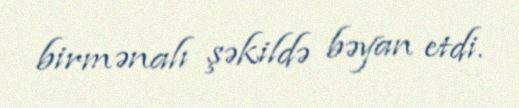
birmənalı şəkildə bəyan etdi.